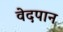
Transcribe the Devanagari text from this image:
वेदपान